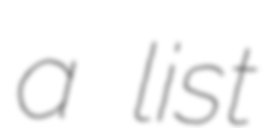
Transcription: a list